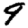
Digit: 9